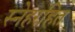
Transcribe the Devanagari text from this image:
स्नेहरहित